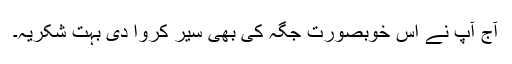
آج آپ نے اس خوبصورت جگہ کی بھی سیر کروا دی بہت شکریہ۔